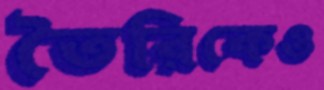
তৈরিকেও